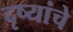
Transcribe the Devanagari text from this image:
दृष्यांचे